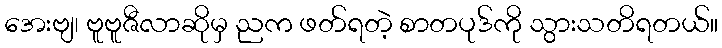
အေးဗျ၊ ဗူဗူဇီလာဆိုမှ ညက ဖတ်ရတဲ့ စာတပုဒ်ကို သွားသတိရတယ်။